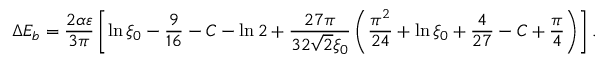
\Delta E _ { b } = \frac { 2 \alpha \varepsilon } { 3 \pi } \left[ \ln \xi _ { 0 } - \frac { 9 } { 1 6 } - C - \ln 2 + \frac { 2 7 \pi } { 3 2 \sqrt { 2 } \xi _ { 0 } } \left( \frac { \pi ^ { 2 } } { 2 4 } + \ln \xi _ { 0 } + \frac { 4 } { 2 7 } - C + \frac { \pi } { 4 } \right) \right] .